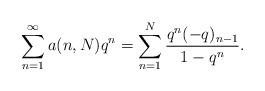
LaTeX: \begin{align*}\sum_{n=1}^{\infty} a(n, N)q^n=\sum_{n=1}^{N} \frac{q^n (-q)_{n-1}}{1-q^n}.\end{align*}